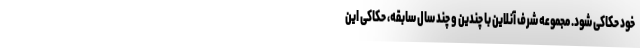
خود حکاکی شود. مجموعه شرف آنلاین با چندین و چند سال سابقه، حکاکی این